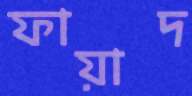
ফায়াদ